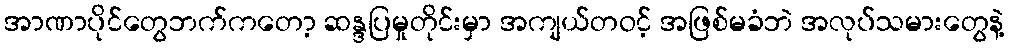
အာဏာပိုင်တွေဘက်ကတော့ ဆန္ဒပြမှုတိုင်းမှာ အကျယ်တဝင့် အဖြစ်မခံဘဲ အလုပ်သမားတွေနဲ့